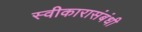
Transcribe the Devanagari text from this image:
स्वीकारासंबंधी